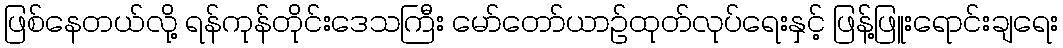
ဖြစ်နေတယ်လို့ ရန်ကုန်တိုင်းဒေသကြီး မော်တော်ယာဉ်ထုတ်လုပ်ရေးနှင့် ဖြန့်ဖြူးရောင်းချရေး